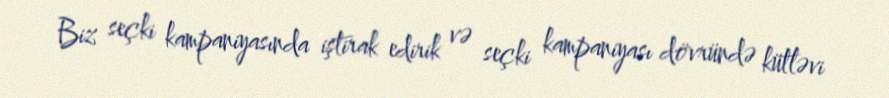
Biz seçki kampaniyasında iştirak edirik və seçki kampaniyası dövründə kütləvi